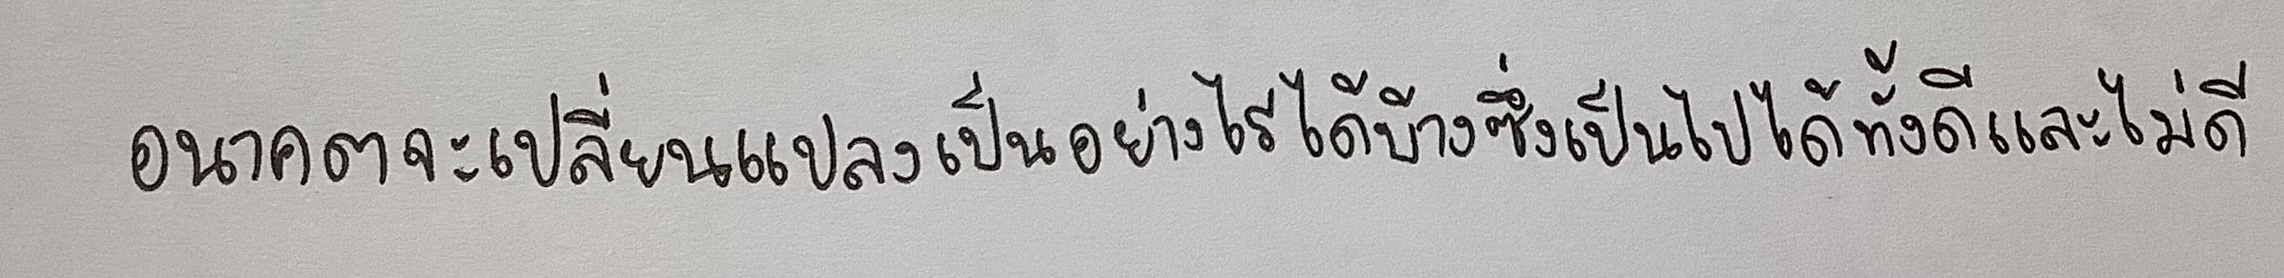
อนาคตจะเปลี่ยนแปลงเป็นอย่างไรได้บ้างซึ่งเป็นไปได้ทั้งดีและไม่ดี